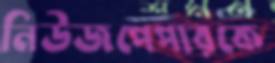
নিউজপেপারকে